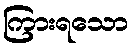
ကြားရသော